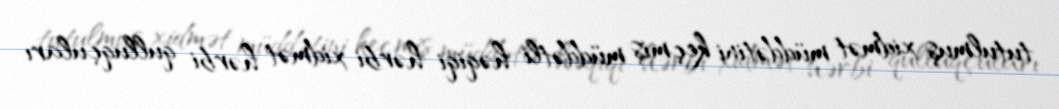
tutulmuş xidmət müddətini keçmiş müddətli həqiqi hərbi xidmət hərbi qulluqçuları